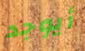
أيوجد